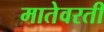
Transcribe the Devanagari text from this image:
मातेवरती